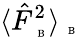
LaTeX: \langle\hat{F}_{\mathrm{~\tiny~B~}}^{2}\rangle_{\mathrm{~\tiny~B~}}